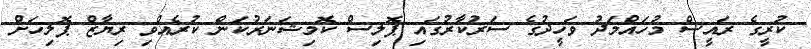
ކުރީގެ ރައީސް މުހައްމަދު ވަހީދުގެ ސަރުކާރުގައި ޕޮލިސް ކޮމިޝަނަރުކަން ކުރެއްވި ރިޔާޒް ޕޮލިހަށް